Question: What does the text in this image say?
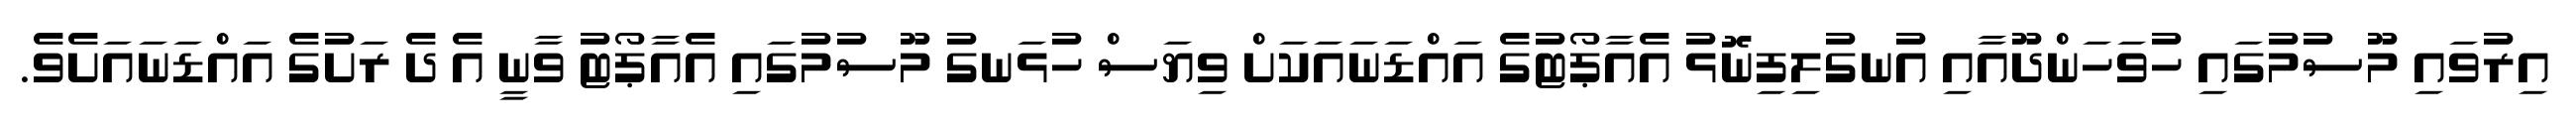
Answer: އިރުވައި މޫސުމުގައި ހުވަހަންދޫއާއި އުނގުލިފިނޮޅު އެއާޕޯޓުގެ އައްޑަނައަކަށް ވިޔަސް ހުޅަނގު މޫސުމުގައި އެއާޕޯޓު ވާނީ އެ ދެ ރަށުގެ އައްޑަނައަށެވެ.